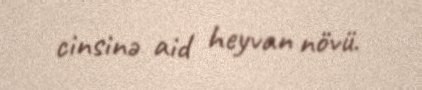
cinsinə aid heyvan növü.